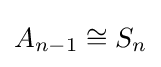
A_{n-1}\cong S_{n}